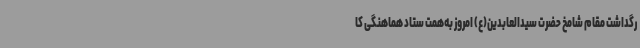
رگداشت مقام شامخ حضرت سیدالعابدین(ع) امروز به‌همت ستاد هماهنگی کا